Civil Veterinary Department Bihar reports 1940-50 - 1940-1950
Year: 1940
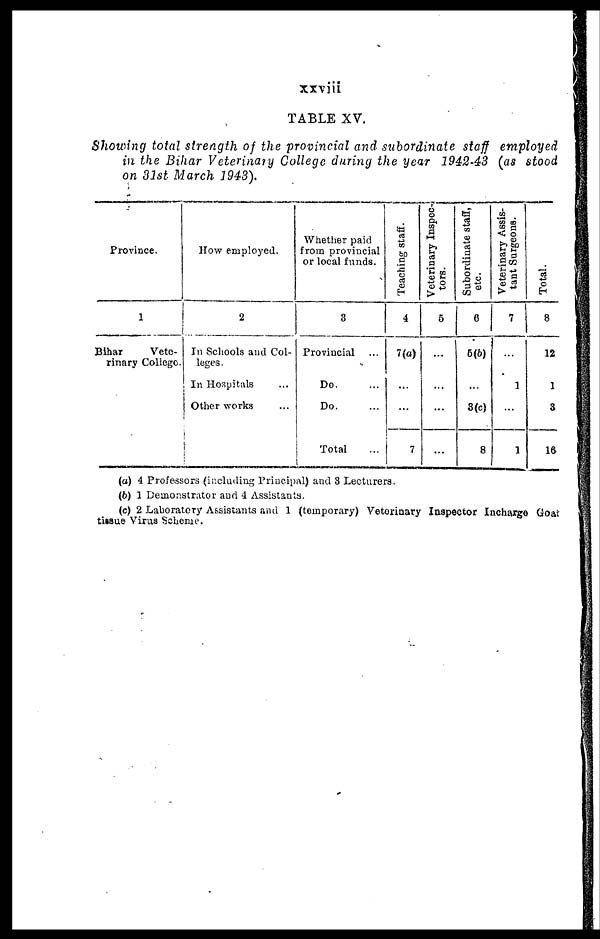
xxviii
TABLE XV.
Showing total strength of the provincial and subordinate staff employed
in the Bihar Veterinary College during the year 1942-43 (as stood
on 31st March 1943).
Province.
1
Bihar
Vete-
rinary College.
How employed.
2
In Schools and Col-
leges.
In Hospitals ...
Other works ...
Whether paid
from provincial
or local funds.
3
Provincial ...
Do. ...
Do. ...
Total ...
Teaching staff.
4
7(a)
...
...
7
Veterinary Inspec-
tors.
5
...
...
...
...
Subordinate staff,
etc.
6
5(b)
...
3(c)
8
Veterinary Assis-
tant Surgeons.
7
...
1
...
1
Total.
8
12
1
3
16
(a) 4 Professors (including Principal) and 3 Lecturers.
(b) 1 Demonstrator and 4 Assistants.
(c) 2 Laboratory Assistants and 1 (temporary) Veterinary Inspector Incharge Goat
tissue Virus Scheme.